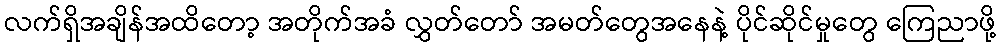
လက်ရှိအချိန်အထိတော့ အတိုက်အခံ လွှတ်တော် အမတ်တွေအနေနဲ့ ပိုင်ဆိုင်မှုတွေ ကြေညာဖို့